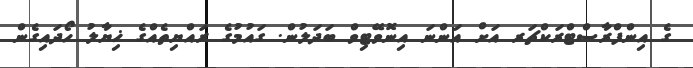
ގެ އިންފްރާސްޓްރަކްޗަރ އަށް އަންނަ އިނޮވޭޓިވް ބަދަލުން. ގައުމުގެ ރައްޔިތެއްގެ ޚިޔާލު ހޯދައިގެން